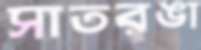
সাতরঙা